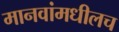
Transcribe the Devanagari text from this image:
मानवांमधीलच